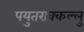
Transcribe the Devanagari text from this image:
पयुतराक्कल्लु